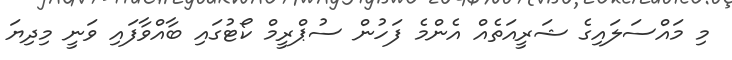
މި މައްސަލައިގެ ޝަރީއަތެއް އެންމެ ފަހުން ސުޕްރީމް ކޯޓުގައި ބާއްވާފައި ވަނީ މިދިޔަ